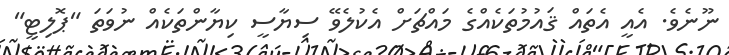
ނޫނެވެ. އެއީ އެތައް ޤައުމުތަކެއްގެ މައްޗަށް އެކުލެވޭ ސިޔާސީ ކިޔާންތަކެއް ނުވަތަ "ޕޮލިޓީ"